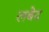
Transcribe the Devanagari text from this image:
लबेद